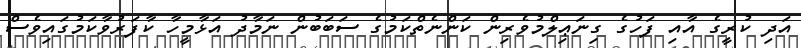
އަދި ކުރީގެ އާއި ފަހުގެ ގިނަޢިލްމުވެރިން ކަންނެތްކަމުގެ ސަބަބުން ނަމާދު އަޅާމީހާ ކާފަރުވާކަމުގައިވެސް